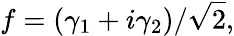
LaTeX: f=(\gamma_{1}+i\gamma_{2})/{\sqrt{2}},